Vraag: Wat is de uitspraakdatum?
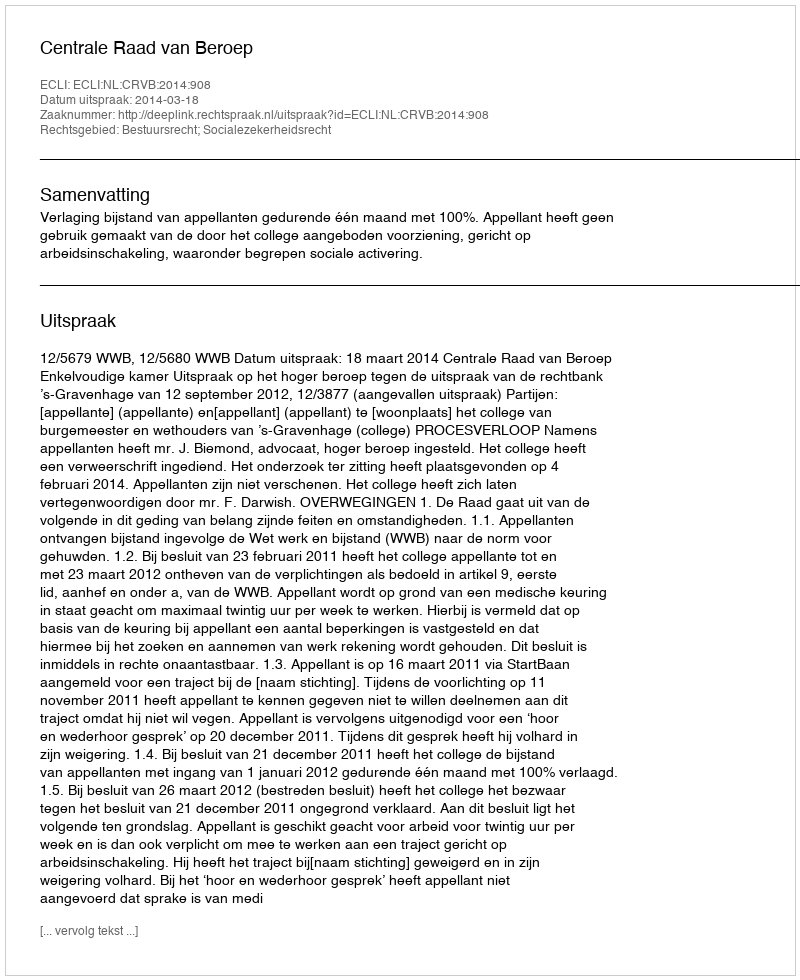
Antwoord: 2014-03-18